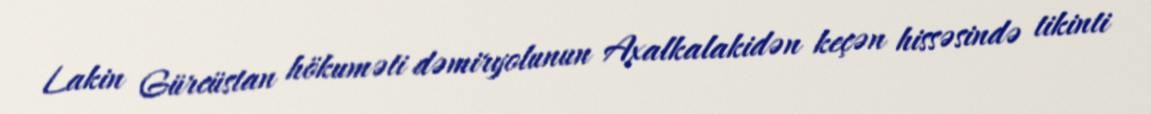
Lakin Gürcüstan hökuməti dəmiryolunun Axalkalakidən keçən hissəsində tikinti